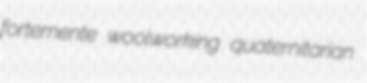
fortemente woolworking quaternitarian